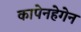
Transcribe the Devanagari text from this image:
कापेनहेगेन